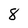
Character: 8